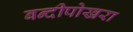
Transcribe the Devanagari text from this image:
बन्दीपोखरा